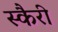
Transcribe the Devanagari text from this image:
स्कैरी